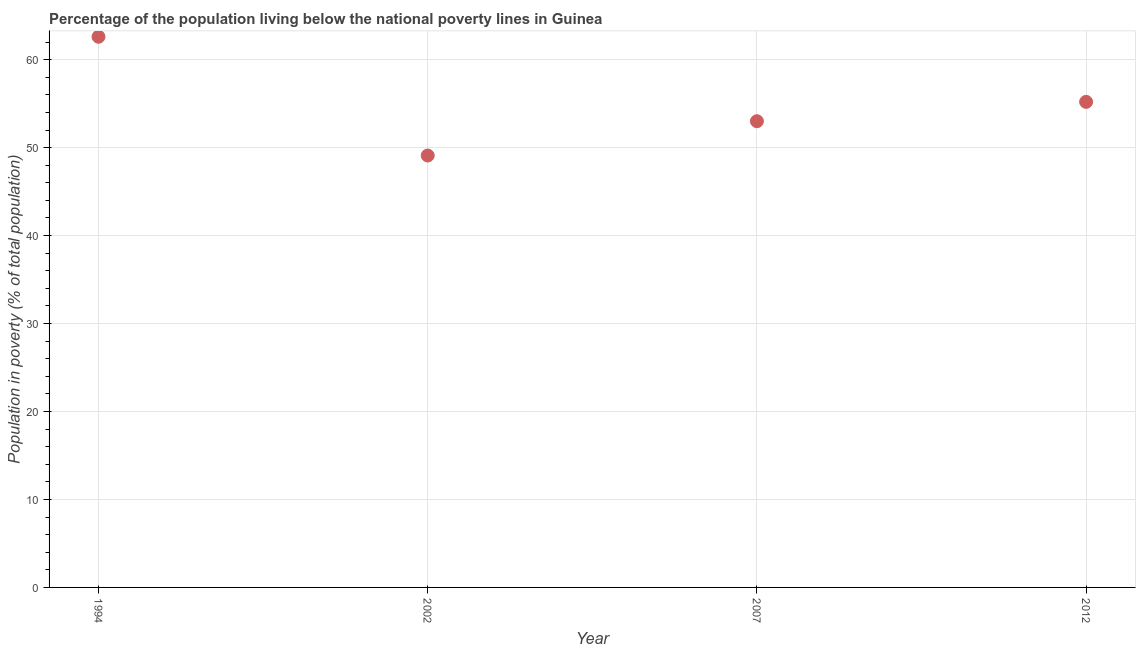
| Year | Poverty headcount ratio |
 | --- | --- |
 | 1994 | 62.6 |
 | 2002 | 49.1 |
 | 2007 | 53 |
 | 2012 | 55.2 |